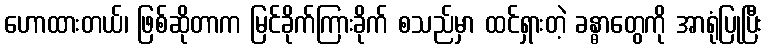
ဟောထားတယ်၊ ဖြစ်ဆိုတာက မြင်ခိုက်ကြားခိုက် စသည်မှာ ထင်ရှားတဲ့ ခန္ဓာတွေကို အာရုံပြုပြီး